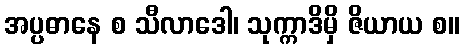
အပ္ပဓာနေ စ သီလာဒေါ၊ သုက္ကာဒိမှိ ဇိယာယ စ။